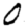
Digit: 0